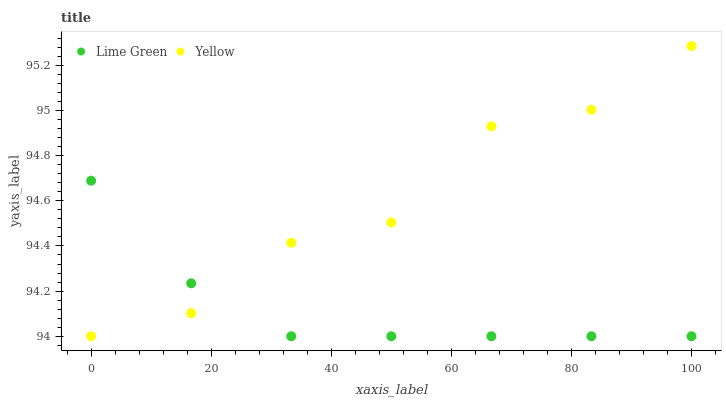
| xaxis_label | Lime Green | Yellow |
 | --- | --- | --- |
 | 0 | 94.7 | 94 |
 | 16.7 | 94.2 | 94.1 |
 | 33.3 | 94 | 94.4 |
 | 50 | 94 | 94.5 |
 | 66.7 | 94 | 94.9 |
 | 83.3 | 94 | 95 |
 | 100 | 94 | 95.3 |